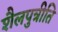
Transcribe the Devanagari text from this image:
शैलपुत्रीति